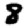
Digit: 8